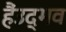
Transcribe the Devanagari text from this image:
हैंउद्भव